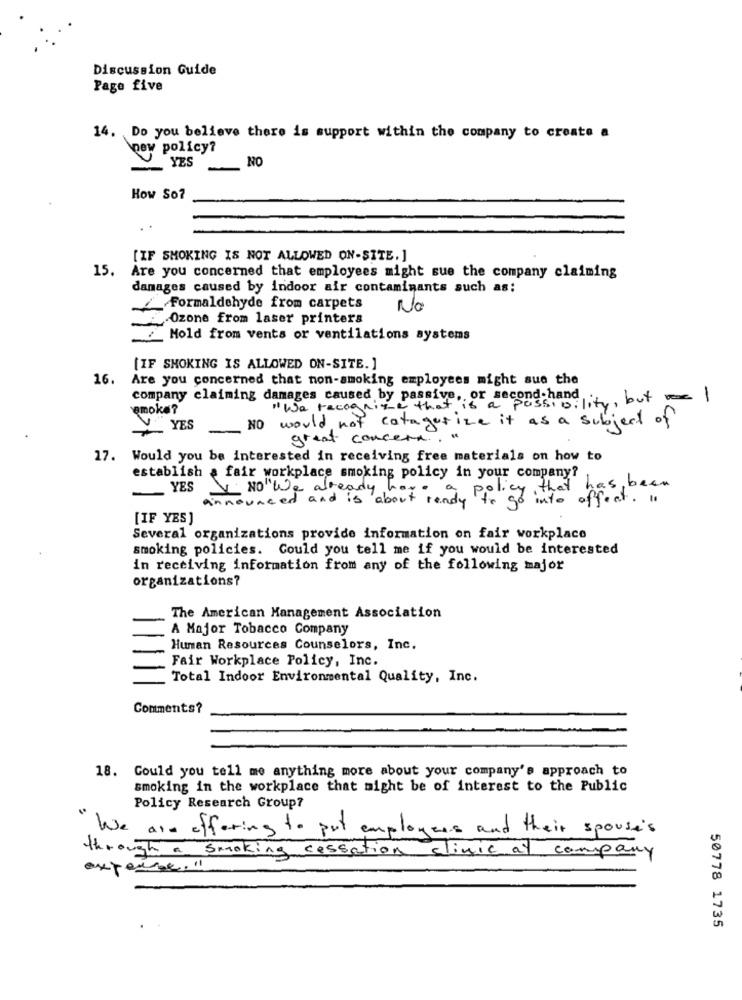
Discussion Guide
Page five
14. Do you believe there is support within the company to create a
new policy?
_ YES NO
How So?
[IF SMOKING IS NOT ALLOWED ON-SITE. ]
15.
Are you concerned that employees might sue the company claiming
damages caused by indoor air contaminants such as:
Formaldehyde from carpets
No
Ozone from laser printers
Mold from vents or ventilations systems
[IF SMOKING IS ALLOWED ON-SITE. ]
16.
Are you concerned that non-smoking employees might sue the
company claiming damages caused by passive, or second-hand ..
"We recognize that is a possibility, but I
smoke?
NO would not catagorize it as a subject of
YES
-
great concert.
17. Would you be interested in receiving free materials on how to
establish a fair workplace smoking policy in your company?
- Y
YES
NO We already har
announced and is about rendy Ppi gp that has been
[IF YES]
Several organizations provide information on fair workplace
smoking policies. Could you tell me if you would be interested
in receiving information from any of the following major
organizations?
The American Management Association
A Major Tobacco Company
Human Resources Counselors, Inc.
Fair Workplace Policy, Inc.
Total Indoor Environmental Quality, Inc.
Comments?
18. Could you tell me anything more about your company's approach to
smoking in the workplace that might be of interest to the Public
Policy Research Group?
We are offering to put employees and their spouse's
through a smoking cessation clinic at company
expense."1
50778 1735